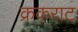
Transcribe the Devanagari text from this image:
क्रकराट